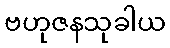
ဗဟုဇနသုခါယ